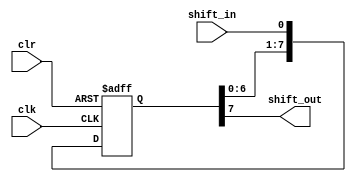
//-----------------------------------------------------//
// Design Name : Shift_reg
// Function    : Shift register
//------------------------------------------------------//


module shift_reg_8 #( parameter size = 7 ) (shift_in, clk, clr, shift_out);

   // Port Declaration
   input   shift_in;
   input   clk;
   input   clr;
   output  shift_out;
   
   reg [ size:0 ] shift; // shift register  
   
    always @ (posedge clk or posedge clr)
     begin
	if (clr)
          shift = 0;	  	
	else 
	  shift = { shift[size-1:0] , shift_in } ;	
     end
   
   assign shift_out = shift[size];   
   
endmodule